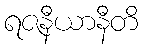
ရဇနီယာနီတိ